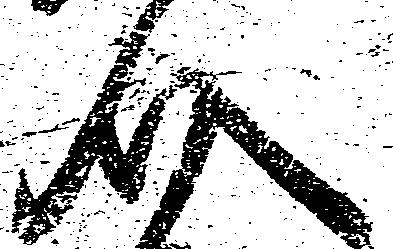
介